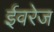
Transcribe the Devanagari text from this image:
ईवरेज